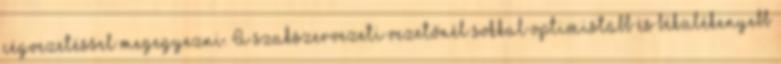
cégvezetéssel megegyezni. A szakszervezeti vezetőnél sokkal optimistább és békülékenyebb